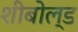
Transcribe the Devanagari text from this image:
शीबोल्ड